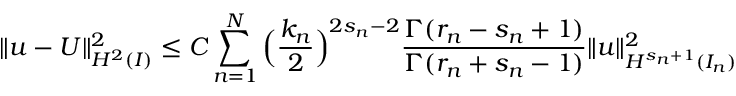
\begin{array} { r } { \| u - U \| _ { H ^ { 2 } ( I ) } ^ { 2 } \le C \displaystyle \sum _ { n = 1 } ^ { N } \Big ( \displaystyle \frac { k _ { n } } { 2 } \Big ) ^ { 2 s _ { n } - 2 } \displaystyle \frac { \Gamma ( r _ { n } - s _ { n } + 1 ) } { \Gamma ( r _ { n } + s _ { n } - 1 ) } \| u \| _ { H ^ { s _ { n } + 1 } ( I _ { n } ) } ^ { 2 } } \end{array}